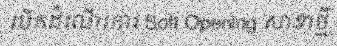
បើកដំណើរការ Soft Opening សាខាថ្មី